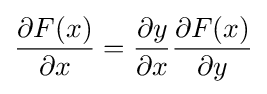
{\frac {\partial F(x)}{\partial x}}={\frac {\partial y}{\partial x}}{\frac {\partial F(x)}{\partial y}}